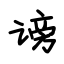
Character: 谤